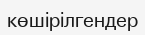
көшірілгендер